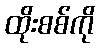
ထိုးစစ်ကို